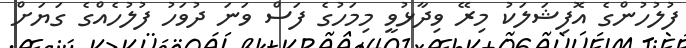
ފުލުހުންގެ އޮފިޝަލަކު މިރޭ ވިދާޅުވީ މިމަހުގެ ފަސް ވަނަ ދުވަހު ފުލުހެއްގެ ގަޔަށް